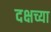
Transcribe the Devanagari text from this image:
दक्षच्या